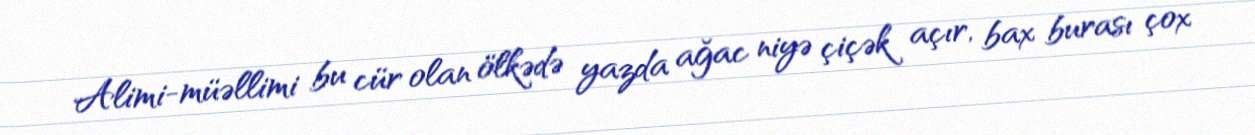
Alimi-müəllimi bu cür olan ölkədə yazda ağac niyə çiçək açır, bax burası çox